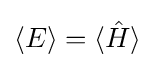
{\textstyle \langle E\rangle =\langle {\hat {H}}\rangle }